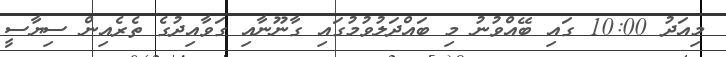
މިއަދު 10:00 ގައި ބޭއްވުނު މި ބައްދަލުވުމުގައި ގާނޫނާއި ގަވާއިދުގެ ތެރެއިން ސިޔާސީ